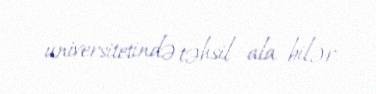
universitetində təhsil ala bilər.